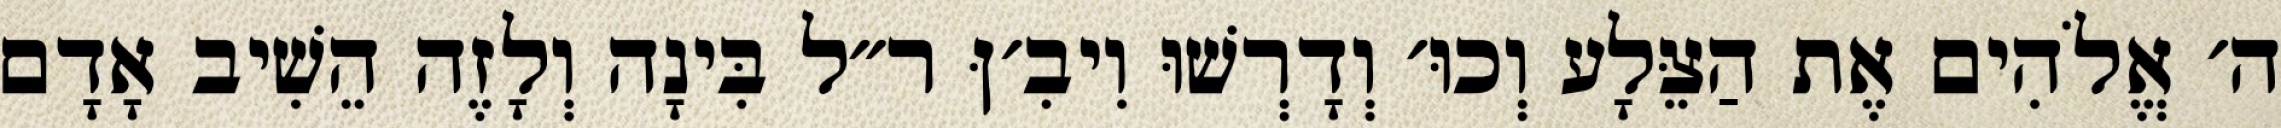
ה׳ אֱלֹהִים אֶת הַצֵּלָע וְכוּ׳ וְדָרְשׁוּ וִיבִ׳ןּ ר״ל בִּינָה וְלָזֶה הֵשִׁיב אָדָם